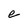
Character: e